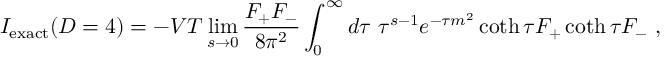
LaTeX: I _ { \mathrm { e x a c t } } ( D = 4 ) = - V T \operatorname * { l i m } _ { s \rightarrow 0 } { \frac { F _ { + } F _ { - } } { 8 \pi ^ { 2 } } } \int _ { 0 } ^ { \infty } d \tau \ \tau ^ { s - 1 } e ^ { - \tau m ^ { 2 } } \coth \tau F _ { + } \coth \tau F _ { - } \ ,